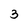
Character: 3